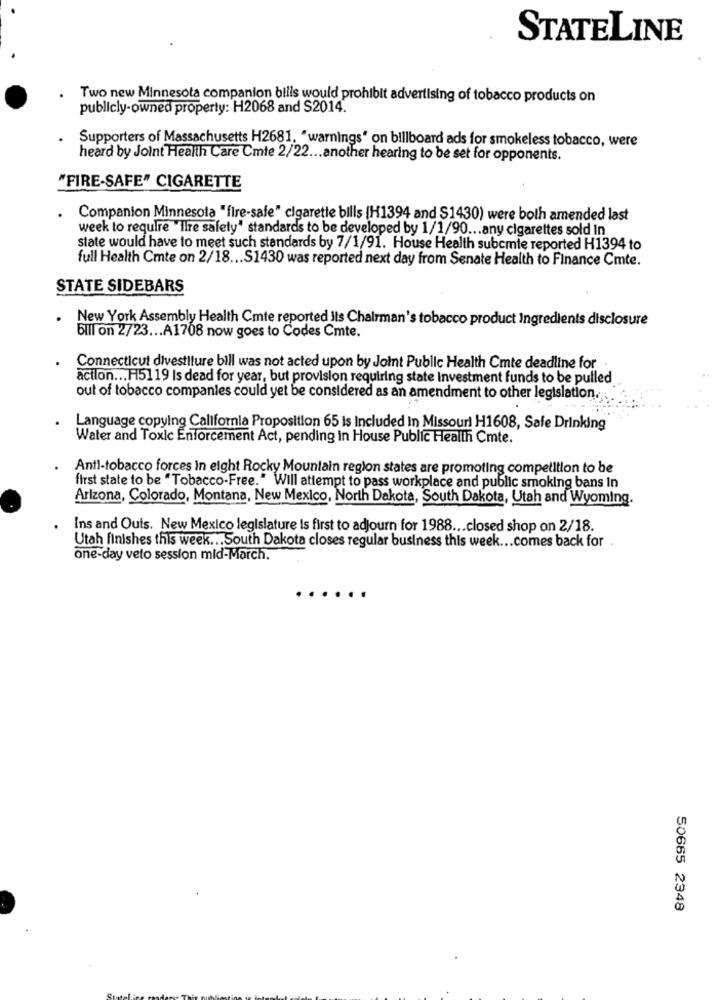
STATELINE
Two new Minnesota companion bills would prohibit advertising of tobacco products on
publicly-owned property: H2068 and S2014.
Supporters of Massachusetts H2681, "warnings" on billboard ads for smokeless tobacco, were
heard by Joint Health Care Cmte 2/22 ... another hearing to be set for opponents.
"FIRE-SAFE" CIGARETTE
Companion Minnesota "fire-safe" cigarette bills [H1394 and S1430) were both amended last
week to require "Ilre safety" standards to be developed by 1/1/90 ... any cigarettes sold In
state would have to meet such standards by 7/1/91. House Health subcmte reported H1394 to
full Health Cmte on 2/18 ... S1430 was reported next day from Senate Health to Finance Cmte.
STATE SIDEBARS
. New York Assembly Health Cmte reported Ils Chairman's tobacco product Ingredients disclosure
bill on 2723 ... A1708 now goes to Codes Cmte.
Connecticut divestiture bill was not acted upon by Joint Public Health Cmte deadline for .
acilon ... H5119 Is dead for year, but provision requiring state Investment funds to be pulled
out of tobacco companies could yet be considered as an amendment to other legislation.
Language copying California Proposition 65 is Included In Missouri H1608, Safe Drinking
Water and Toxic Enforcement Act, pending in House Public Health Cmte.
Anti-tobacco forces In eight Rocky Mountain region states are promoting competition to be
first state to be "Tobacco-Free." Will attempt to pass workplace and public smoking bans In
Arizona, Colorado, Montana, New Mexico, North Dakota, South Dakota, Utah and Wyoming.
Ins and Outs. New Mexico legislature is first to adjourn for 1988 ... closed shop on 2/18.
Utah finishes this week ... South Dakota closes regular business this week ... comes back for
one-day veto session mid-March.
50665 2348